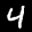
Label: 4